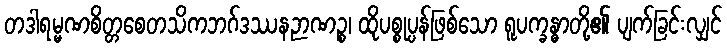
တဒါရမ္မဏစိတ္တစေတသိကဘဂ်ဒဿနဉာဏဉ္စ၊ ထိုပစ္စုပ္ပန်ဖြစ်သော ရူပက္ခန္ဓာတို့၏ ပျက်ခြင်းလျှင်